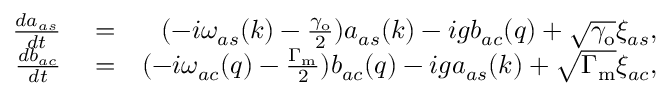
\begin{array} { r l r } { \frac { d a _ { a s } } { d t } } & { { } = } & { ( - i \omega _ { a s } ( k ) - \frac { \gamma _ { \mathrm { o } } } { 2 } ) a _ { a s } ( k ) - i g b _ { a c } ( q ) + \sqrt { \gamma _ { \mathrm { o } } } \xi _ { a s } , } \\ { \frac { d b _ { a c } } { d t } } & { { } = } & { ( - i \omega _ { a c } ( q ) - \frac { \Gamma _ { \mathrm { m } } } { 2 } ) b _ { a c } ( q ) - i g a _ { a s } ( k ) + \sqrt { \Gamma _ { \mathrm { m } } } \xi _ { a c } , } \end{array}